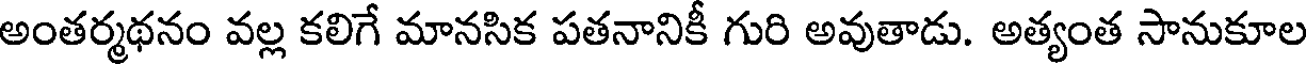
అంతర్మథనం వల్ల కలిగే మానసిక పతనానికీ గురి అవుతాడు. అత్యంత సానుకూల